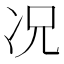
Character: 况